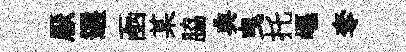
厭選凾某脇典曳托嶇奪